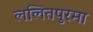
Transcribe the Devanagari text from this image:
ललितपुरमा